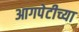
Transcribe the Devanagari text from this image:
आगपेटीच्या